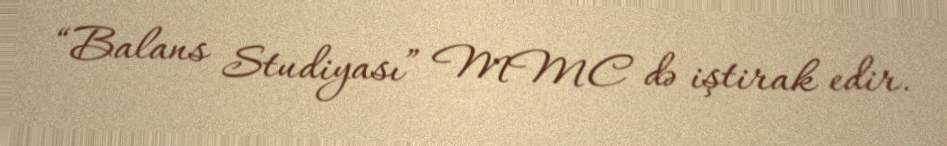
“Balans Studiyası” MMC də iştirak edir.